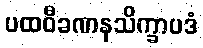
ပထဝီခဏနသိက္ခာပဒံ